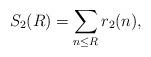
LaTeX: \begin{align*} S_2(R) = \sum_{n \leq R} r_2(n),\end{align*}